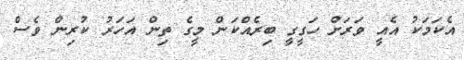
އެކަމަކު އެއީ ވަރަށް ހަގީގީ ބިރެއްކަން މީގެ ތިން އަހަރު ކުރިން ވެސް